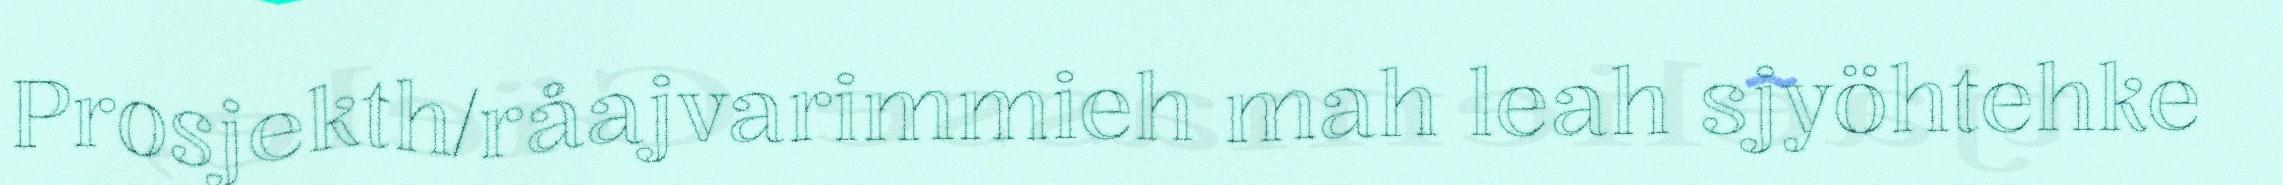
Prosjekth/råajvarimmieh mah leah sjyöhtehke